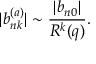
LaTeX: | b _ { n k } ^ { ( a ) } | \sim \frac { | b _ { n 0 } | } { R ^ { k } ( q ) } .